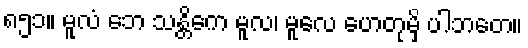
၈၅၁။ မူလံ ဘေ သန္တိကေ မူလ၊ မူလေ ဟေတုမှိ ပါဘတေ။